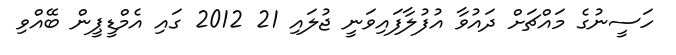
ހަސީނުގެ މައްޗަށް ދައުވާ އުފުލާފައިވަނީ ޖުލައި 21 2012 ގައި އެމްޑީޕީން ބޭއްވި